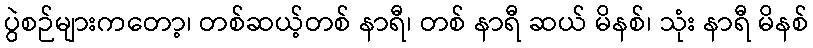
ပွဲစဉ်များကတော့၊ တစ်ဆယ့်တစ် နာရီ၊ တစ် နာရီ ဆယ် မိနစ်၊ သုံး နာရီ မိနစ်